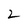
Character: 2